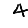
Digit: 4